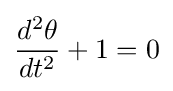
{\frac {d^{2}\theta }{dt^{2}}}+1=0